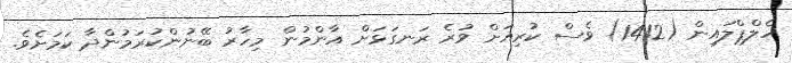
ހެލްޕްލައިން (1412) ވެސް ކުރިއަށް ވުރެ ރަނގަޅަށް އާންމުން މިހާރު ބޭނުންކުރަމުންދާ ކަމަށެވެ.